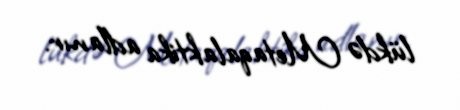
lükdə Metaqalaktika adlanır.